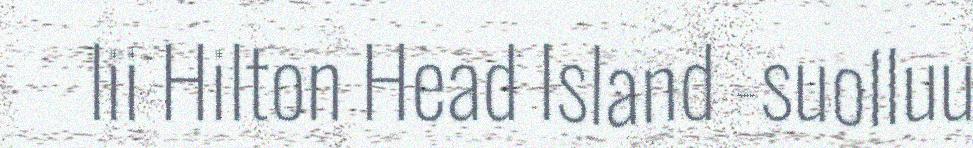
lii Hilton Head Island -suolluu